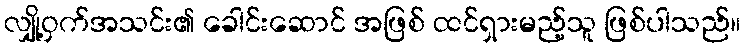
လျှို့ဝှက်အသင်း၏ ခေါင်းဆောင် အဖြစ် ထင်ရှားမည့်သူ ဖြစ်ပါသည်။